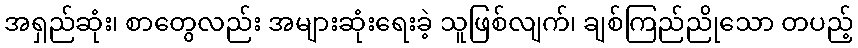
အရှည်ဆုံး၊ စာတွေလည်း အများဆုံးရေးခဲ့ သူဖြစ်လျက်၊ ချစ်ကြည်ညိုသော တပည့်